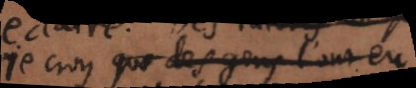
je croy que des gens l’ont eu